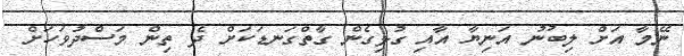
ނޭމާ އަށް ލިބުނު އަނިޔާ އާއި ގުޅިގެން ގާތްގަނޑަކަށް ދެ ތިން މަސްދުވަހަށް